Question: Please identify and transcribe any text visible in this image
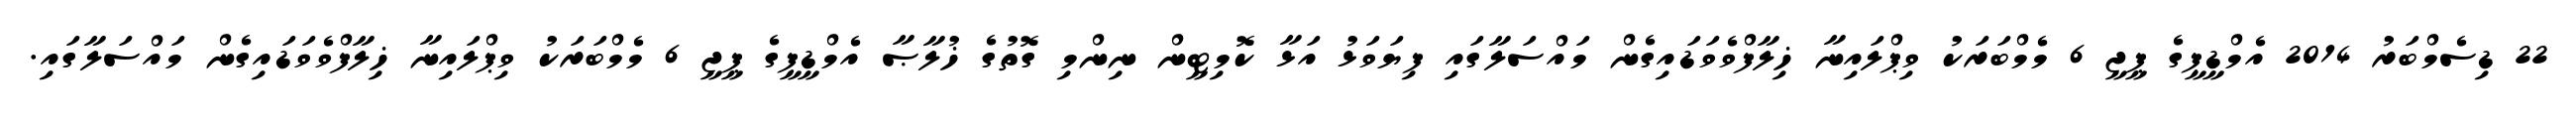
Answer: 22 ޑިސެމްބަރު 2014 އެމްޑީޕީގެ ޕީޖީ 6 މެމްބަރަކު ވިޕްލައިނާ ޚިލާފްވެވަޑައިގެން މައްސަލާގައި ފިޔަވަޅު އަޅާ ކޮމިޓީން ނިންމި ގޮތުގެ ޚުލާޞާ އެމްޑީޕީގެ ޕީޖީ 6 މެމްބަރަކު ވިޕްލައިނާ ޚިލާފްވެވަޑައިގެން މައްސަލާގައި.